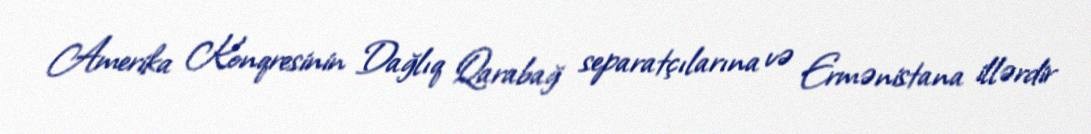
Amerika Konqresinin Dağlıq Qarabağ separatçılarına və Ermənistana illərdir